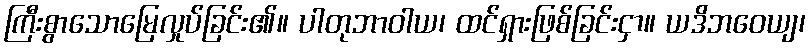
ကြီးစွာသောမြေလှုပ်ခြင်း၏။ ပါတုဘာဝါယ၊ ထင်ရှားဖြစ်ခြင်းငှာ။ ယဒိဘဝေယျ၊